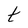
Character: t